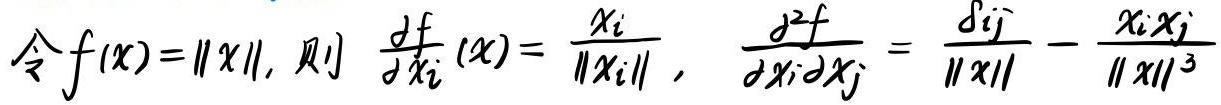
令$f(x)=\|x\|$, 则 $\frac{\partial f}{\partial x_i}(x)=\frac{x_i}{\|x\|}$, $\frac{\partial^2 f}{\partial x_i\partial x_j}=\frac{\delta_{ij}}{\|x\|}-\frac{x_ix_j}{\|x\|^3}$